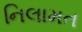
નિલામત